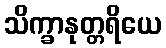
သိက္ခာနုတ္တရိယေ